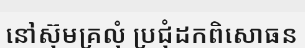
នៅស៊ុមគ្រលុំ ប្រជុំដកពិសោធន